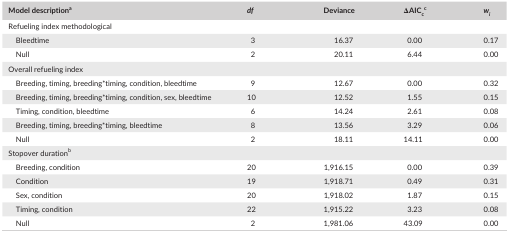
<table><thead><tr><td><b>Model descriptiona</b></td><td><b><i>df</i></b></td><td><b>Deviance</b></td><td><b>ΔAIC<sub>c</sub>c</b></td><td><b><i>w</i><sub><i>i</i></sub></b></td></tr></thead><tbody><tr><td colspan="5">Refueling index methodological</td></tr><tr><td>Bleedtime</td><td>3</td><td>16.37</td><td>0.00</td><td>0.17</td></tr><tr><td>Null</td><td>2</td><td>20.11</td><td>6.44</td><td>0.00</td></tr><tr><td colspan="5">Overall refueling index</td></tr><tr><td>Breeding, timing, breeding*timing, condition, bleedtime</td><td>9</td><td>12.67</td><td>0.00</td><td>0.32</td></tr><tr><td>Breeding, timing, breeding*timing, condition, sex, bleedtime</td><td>10</td><td>12.52</td><td>1.55</td><td>0.15</td></tr><tr><td>Timing, condition, bleedtime</td><td>6</td><td>14.24</td><td>2.61</td><td>0.08</td></tr><tr><td>Breeding, timing, breeding*timing, bleedtime</td><td>8</td><td>13.56</td><td>3.29</td><td>0.06</td></tr><tr><td>Null</td><td>2</td><td>18.11</td><td>14.11</td><td>0.00</td></tr><tr><td colspan="5">Stopover durationb</td></tr><tr><td>Breeding, condition</td><td>20</td><td>1,916.15</td><td>0.00</td><td>0.39</td></tr><tr><td>Condition</td><td>19</td><td>1,918.71</td><td>0.49</td><td>0.31</td></tr><tr><td>Sex, condition</td><td>20</td><td>1,918.02</td><td>1.87</td><td>0.15</td></tr><tr><td>Timing, condition</td><td>22</td><td>1,915.22</td><td>3.23</td><td>0.08</td></tr><tr><td>Null</td><td>2</td><td>1,981.06</td><td>43.09</td><td>0.00</td></tr></tbody></table>